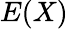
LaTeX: E(X)